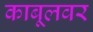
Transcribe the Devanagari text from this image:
काबूलवर